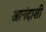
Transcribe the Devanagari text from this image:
आनंदाशी